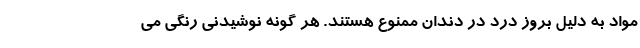
مواد به دلیل بروز درد در دندان ممنوع هستند. هر گونه نوشیدنی رنگی می